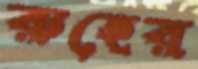
রুহের